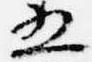
五